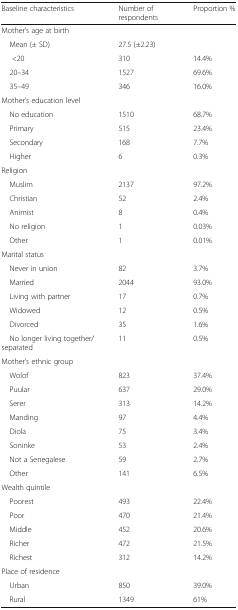
<table><thead><tr><td><b>Baseline characteristics</b></td><td><b>Number of respondents</b></td><td><b>Proportion %</b></td></tr></thead><tbody><tr><td colspan="3">Mother’s age at birth</td></tr><tr><td> Mean (± SD)</td><td>27.5 (±2.23)</td><td></td></tr><tr><td>&lt;20</td><td>310</td><td>14.4%</td></tr><tr><td> 20–34</td><td>1527</td><td>69.6%</td></tr><tr><td> 35–49</td><td>346</td><td>16.0%</td></tr><tr><td colspan="3">Mother’s education level</td></tr><tr><td> No education</td><td>1510</td><td>68.7%</td></tr><tr><td> Primary</td><td>515</td><td>23.4%</td></tr><tr><td> Secondary</td><td>168</td><td>7.7%</td></tr><tr><td> Higher</td><td>6</td><td>0.3%</td></tr><tr><td colspan="3">Religion</td></tr><tr><td> Muslim</td><td>2137</td><td>97.2%</td></tr><tr><td> Christian</td><td>52</td><td>2.4%</td></tr><tr><td> Animist</td><td>8</td><td>0.4%</td></tr><tr><td> No religion</td><td>1</td><td>0.03%</td></tr><tr><td> Other</td><td>1</td><td>0.01%</td></tr><tr><td colspan="3">Marital status</td></tr><tr><td> Never in union</td><td>82</td><td>3.7%</td></tr><tr><td> Married</td><td>2044</td><td>93.0%</td></tr><tr><td> Living with partner</td><td>17</td><td>0.7%</td></tr><tr><td> Widowed</td><td>12</td><td>0.5%</td></tr><tr><td> Divorced</td><td>35</td><td>1.6%</td></tr><tr><td> No longer living together/separated</td><td>11</td><td>0.5%</td></tr><tr><td colspan="3">Mother’s ethnic group</td></tr><tr><td> Wolof</td><td>823</td><td>37.4%</td></tr><tr><td> Puular</td><td>637</td><td>29.0%</td></tr><tr><td> Serer</td><td>313</td><td>14.2%</td></tr><tr><td> Manding</td><td>97</td><td>4.4%</td></tr><tr><td> Diola</td><td>75</td><td>3.4%</td></tr><tr><td> Soninke</td><td>53</td><td>2.4%</td></tr><tr><td> Not a Senegalese</td><td>59</td><td>2.7%</td></tr><tr><td> Other</td><td>141</td><td>6.5%</td></tr><tr><td colspan="3">Wealth quintile</td></tr><tr><td> Poorest</td><td>493</td><td>22.4%</td></tr><tr><td> Poor</td><td>470</td><td>21.4%</td></tr><tr><td> Middle</td><td>452</td><td>20.6%</td></tr><tr><td> Richer</td><td>472</td><td>21.5%</td></tr><tr><td> Richest</td><td>312</td><td>14.2%</td></tr><tr><td colspan="3">Place of residence</td></tr><tr><td> Urban</td><td>850</td><td>39.0%</td></tr><tr><td> Rural</td><td>1349</td><td>61%</td></tr></tbody></table>